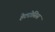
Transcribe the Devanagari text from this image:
हेटरोसिस